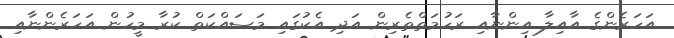
އަހަރެންގެ އާއިލާ އިންނާއި ރަހުމަތްތެރިން އަދި އެކުގައި މަސައްކަތް ކުރާ މީހުން އަހަރެންނާއި